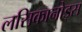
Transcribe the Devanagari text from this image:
लसिकानोड्स